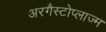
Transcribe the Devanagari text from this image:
अरगैस्टोप्लाज्म